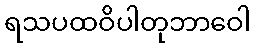
ရသပထဝိပါတုဘာဝေါ